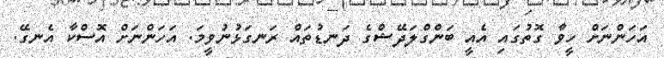
އަހަންނަށް ހީވާ ގޮތުގައި އެއީ ބަންގްލަދޭޝްގެ ދަނޑުތައް ރަނގަޅުނުވީމަ. އަހަންނަށް އޮސްކާ އެނގޭ.